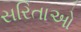
સરિતાઓ